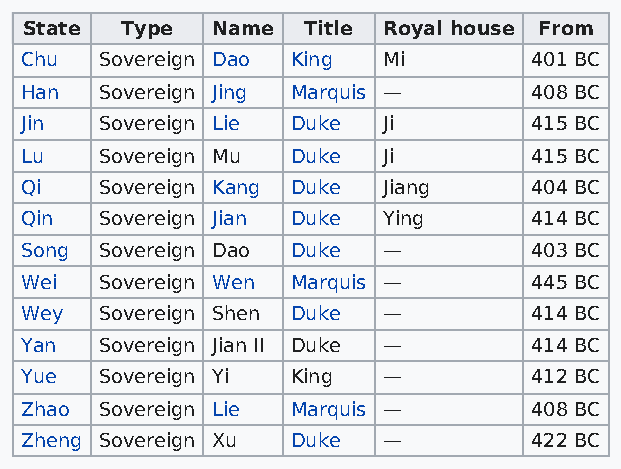
State  Type  Name  Title Royal house From
 Chu   Sovereign Dao King Mi       401 BC
 Han   Sovereign Jing Marquis —    408 BC
 Jin   Sovereign Lie Duke Ji       415 BC
 Lu    Sovereign Mu Duke Ji        415 BC
 Qi    Sovereign Kang Duke Jiang   404 BC
 Qin   Sovereign Jian Duke Ying    414 BC
 Song  Sovereign Dao Duke —        403 BC
 Wei   Sovereign Wen Marquis —     445 BC
 Wey   Sovereign Shen Duke —       414 BC
 Yan   Sovereign Jian II Duke —    414 BC
 Yue   Sovereign Yi King —         412 BC
 Zhao  Sovereign Lie Marquis —     408 BC
 Zheng Sovereign Xu Duke —         422 BC